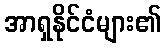
အာရှနိုင်ငံများ၏